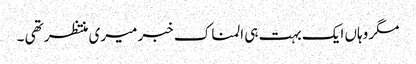
مگر وہاں ایک بہت ہی المناک خبر میری منتظر تھی ۔